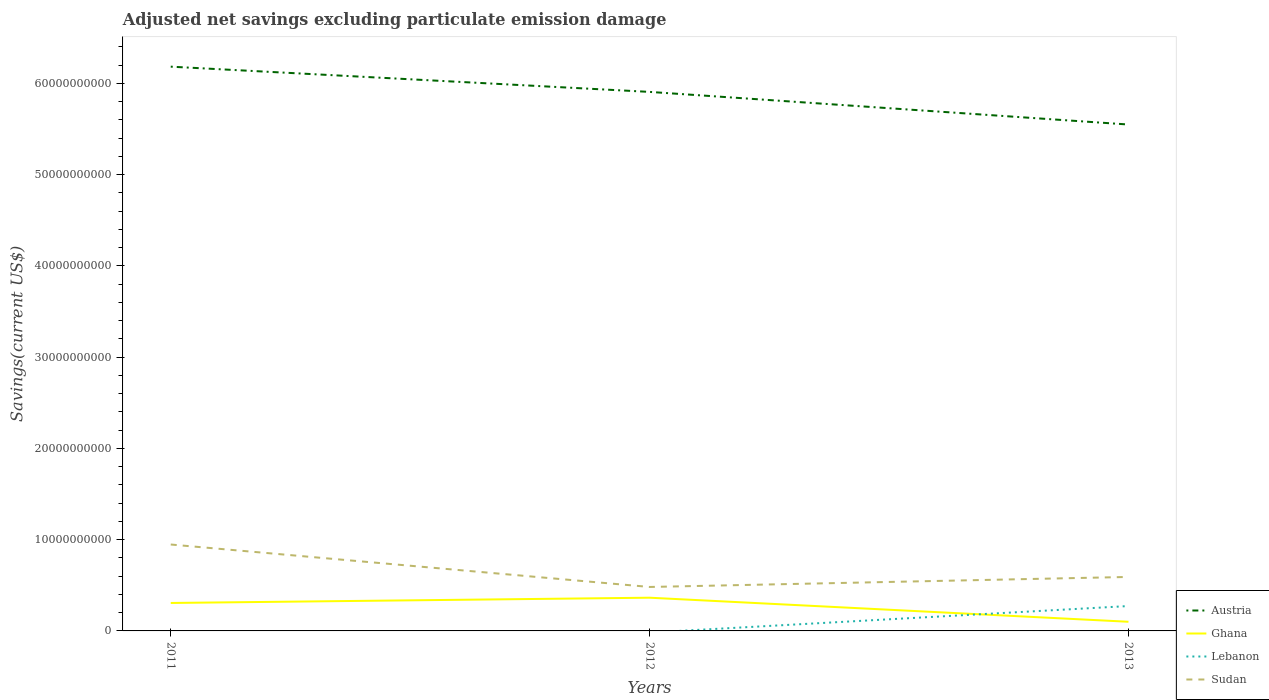
| Years | Austria | Ghana | Lebanon | Sudan |
 | --- | --- | --- | --- | --- |
 | 2011 | 6.18e+10 | 3.06e+09 | -4.11e+09 | 9.47e+09 |
 | 2012 | 5.91e+10 | 3.64e+09 | -1.78e+08 | 4.82e+09 |
 | 2013 | 5.55e+10 | 1e+09 | 2.73e+09 | 5.91e+09 |